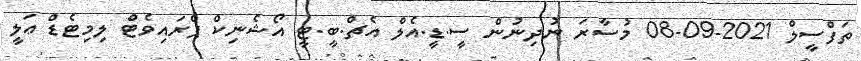
ތަފްސީލް 2021-09-08 މުސާރަ ނުދިނުން ސީ.ޑީ.އެލް އެޗް.ބީ.ޓީ އޯޝެނިކް ޕްރައިވެޓް ލިމިޓެޑް ޢަލީ